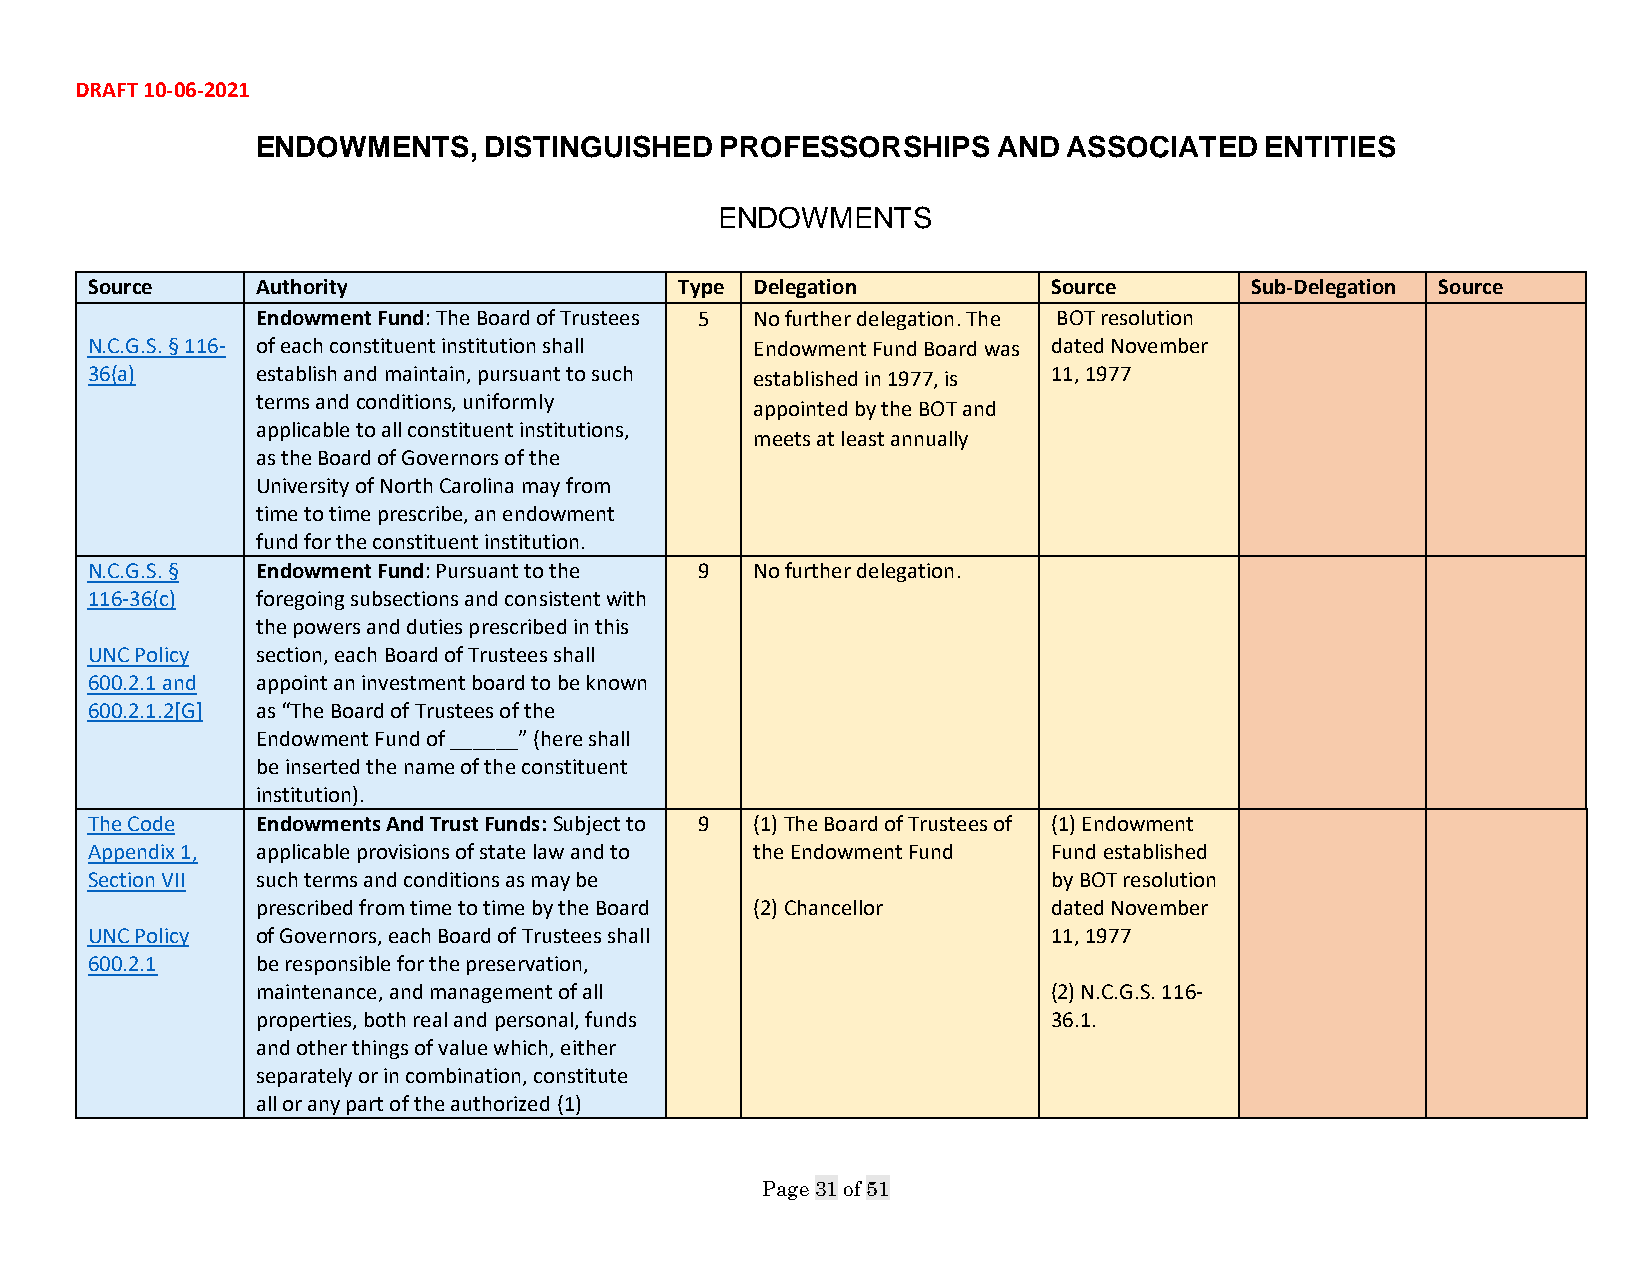
DRAFT 10-06-2021
 ENDOWMENTS,    DISTINGUISHED   PROFESSORSHIPS    AND  ASSOCIATED   ENTITIES
 ENDOWMENTS
 Source     Authority                   Type Delegation          Source       Sub-Delegation Source
 Endowment Fund: The Board of Trustees 5 No further delegation. The BOT resolution
 N.C.G.S. § 116- of each constituent institution shall Endowment Fund Board was dated November
 36(a)      establish and maintain, pursuant to such established in 1977, is 11, 1977
 terms and conditions, uniformly
 appointed by the BOT and
 applicable to all constituent institutions,
 meets at least annually
 as the Board of Governors of the
 University of North Carolina may from
 time to time prescribe, an endowment
 fund for the constituent institution.
 N.C.G.S. § Endowment Fund: Pursuant to the 9 No further delegation.
 116-36(c)  foregoing subsections and consistent with
 the powers and duties prescribed in this
 UNC Policy section, each Board of Trustees shall
 600.2.1 and appoint an investment board to be known
 600.2.1.2[G] as “The Board of Trustees of the
 Endowment Fund of ______” (here shall
 be inserted the name of the constituent
 institution).
 The Code   Endowments And Trust Funds: Subject to 9 (1) The Board of Trustees of (1) Endowment
 Appendix 1, applicable provisions of state law and to the Endowment Fund Fund established
 Section VII such terms and conditions as may be                 by BOT resolution
 prescribed from time to time by the Board (2) Chancellor dated November
 UNC Policy of Governors, each Board of Trustees shall           11, 1977
 600.2.1    be responsible for the preservation,
 maintenance, and management of all                   (2) N.C.G.S. 116-
 properties, both real and personal, funds            36.1.
 and other things of value which, either
 separately or in combination, constitute
 all or any part of the authorized (1)
 Page 31 of 51